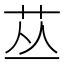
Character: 𱽘